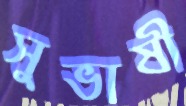
সুভাষী